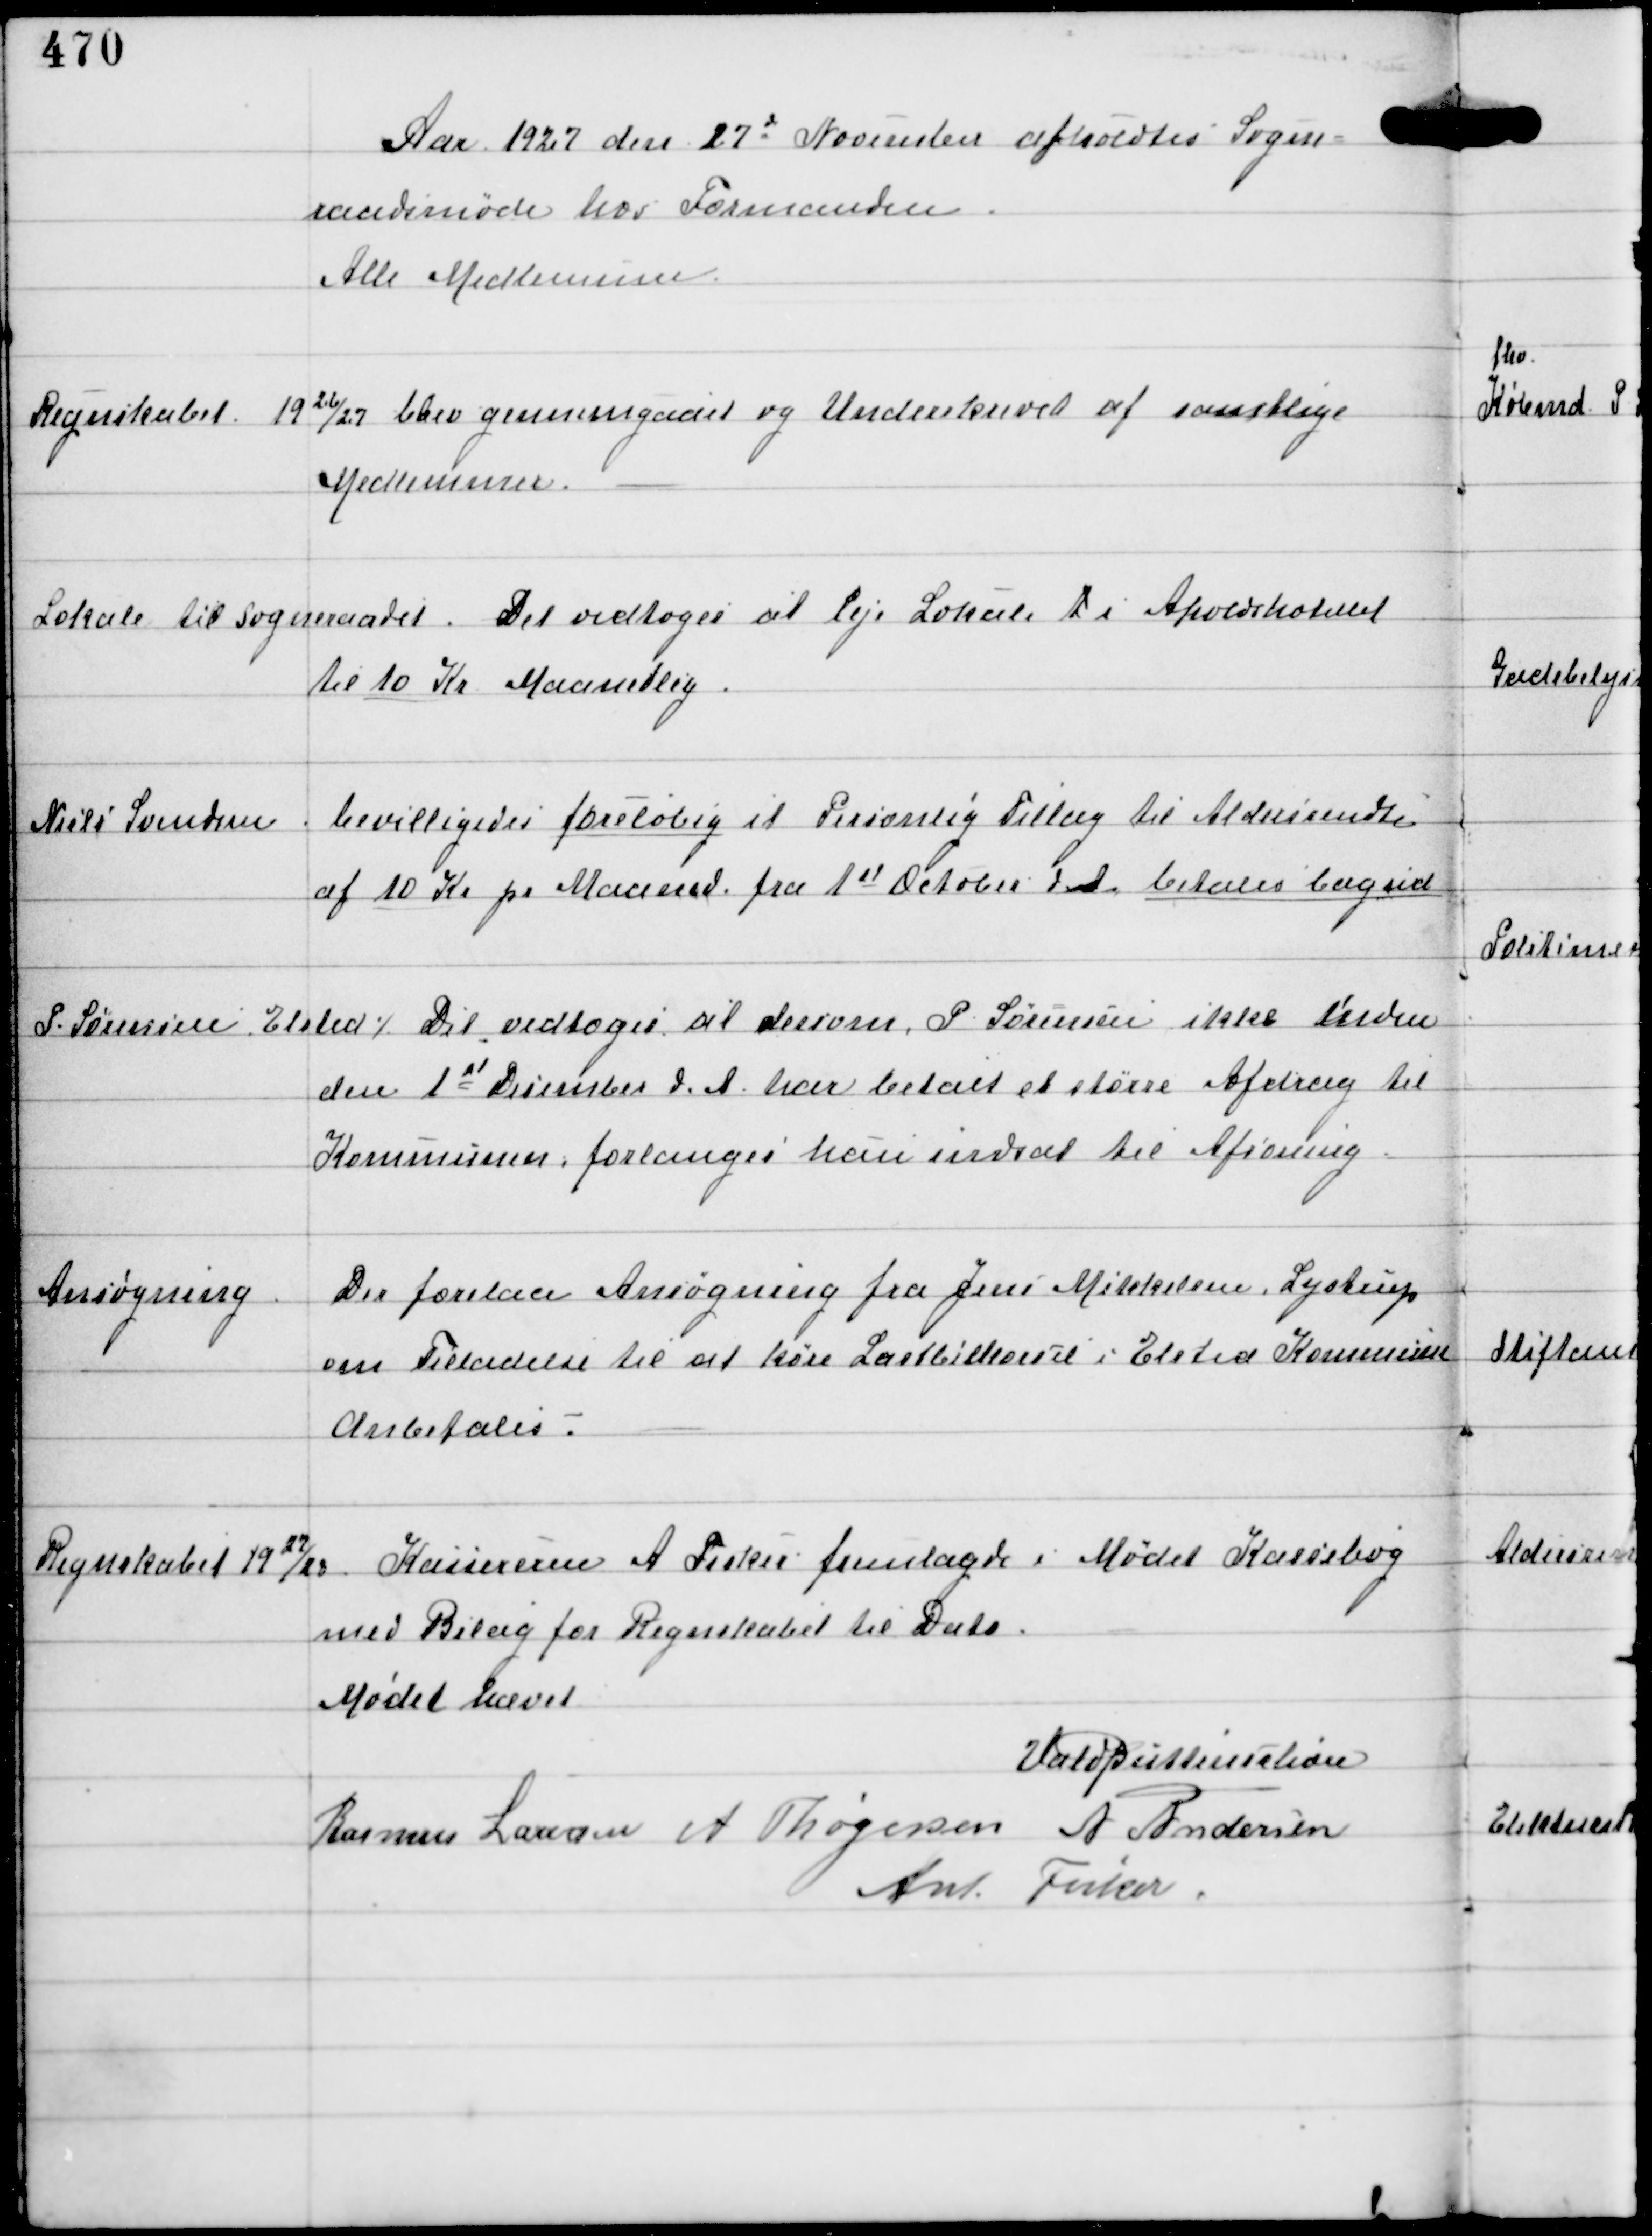
Transskription:
Aar 1927 den 27d November afholdtes Sogne-
raadsmøde hos Formanden
Alle Medlemmer

Regnskabet 1926/27
blev gennemgaaet og Underskrevet af samtlige
Medlemmer

Lokale til Sogneraadet.
Det vedtoges at Leje Lokale A i Aholdshotellet
til 10 Kr Maanedlig.

Niels Svendsen

bevilligedes foreløbig et Personlig Tillæg til Aldersrendte
af 10 Kr pr Maaned fra 1st October Ind betales bagud

P Sørensen Elsted ⁒
Det vedtoges at dersom P Sørensen ikke inden
den 1st December d.A har betalt et større Afdrag til
Kommunen forlanges han indsat til Afsoning

Ansøgning

Der forelaa Ansøgning fra Jens Mikkelsen, Lystrup
om Tilladelse til at køre Lastbilkørsel i Elsted Kommune
Anbefales.

Regnskabet 19 27/28

Kassereren A Fisker fremlagde i Mødet Kassebog
med Bilag for Regnskabet til Dato.

Mødet hævet
Vald Buttenschøn
Rasmus Laursen A Thøgersen A Andersen
Ant Fisker